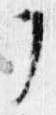
了